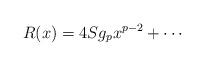
LaTeX: \begin{align*}R(x) = 4S g_{p} x^{p-2} + \cdots\end{align*}